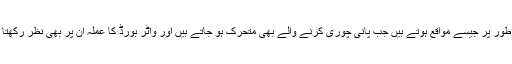
عام طور پر جیسے مواقع ہوتے ہیں جب پانی چوری کرنے والے بھی متحرک ہو جاتے ہیں اور واٹر بورڈ کا عملہ ان پر بھی نظر رکھتا ہے۔